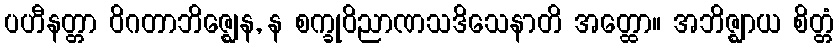
ပဟီနတ္တာ ဝိဂတာဘိဇ္ဈေန, န စက္ခုဝိညာဏသဒိသေနာတိ အတ္ထော။ အဘိဇ္ဈာယ စိတ္တံ